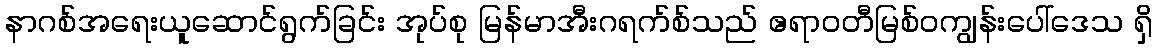
နာဂစ်အရေးယူဆောင်ရွက်ခြင်း အုပ်စု မြန်မာအီးဂရက်စ်သည် ဧရာဝတီမြစ်ဝကျွန်းပေါ်ဒေသ ရှိ